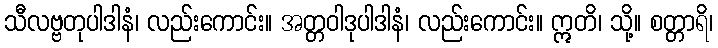
သီလဗ္ဗတုပါဒါနံ၊ လည်းကောင်း။ အတ္တဝါဒုပါဒါနံ၊ လည်းကောင်း။ ဣတိ၊ သို့။ စတ္တာရိ၊